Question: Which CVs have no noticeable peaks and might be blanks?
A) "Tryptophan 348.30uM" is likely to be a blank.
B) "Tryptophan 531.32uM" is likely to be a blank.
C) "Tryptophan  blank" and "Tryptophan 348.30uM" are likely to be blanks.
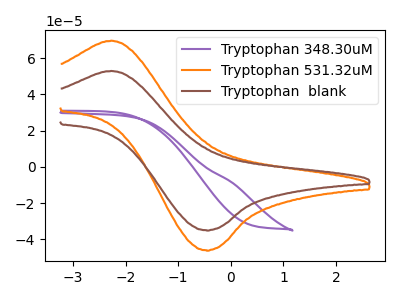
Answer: <think>The purple curve "Tryptophan 348.30uM" has no peaks. The orange curve "Tryptophan 531.32uM" has an anodic peak at (-2.25V, 69.75uA) and a cathodic peak at (-0.45V, -46.10uA). The brown curve "Tryptophan  blank" has an anodic peak at (-2.25V, 53.00uA) and a cathodic peak at (-0.45V, -35.05uA).</think>
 <answer>A) "Tryptophan 348.30uM" is likely to be a blank.</answer>
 <eval>A</eval>